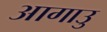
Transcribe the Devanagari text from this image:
आगाउु